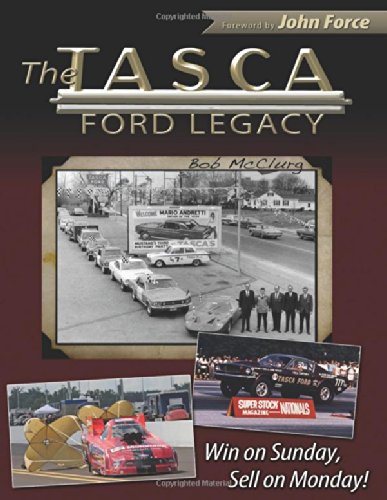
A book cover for The Tasca Ford Legacy: Win on Sunday, Sell on Monday! (Cartech); Bob McClurg; Business & Money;